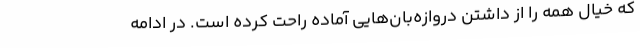
که خیال همه را از داشتن دروازه‌بان‌هایی آماده راحت کرده است. در ادامه